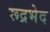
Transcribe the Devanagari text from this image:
रूद्रभेद